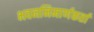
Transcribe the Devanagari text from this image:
भवननिमार्णकर्ता